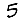
Digit: 5